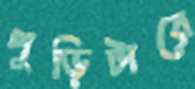
পুড়িটারে